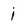
Character: j